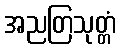
အညတြသုတ္တံ